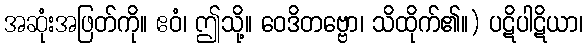
အဆုံးအဖြတ်ကို။ ဧဝံ၊ ဤသို့။ ဝေဒိတဗ္ဗော၊ သိထိုက်၏။) ပဋိပါဋိယာ၊